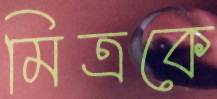
মিত্রকে